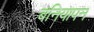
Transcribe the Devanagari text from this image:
बनियापन